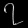
Digit: ၇